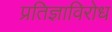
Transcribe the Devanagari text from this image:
प्रतिज्ञाविरोध